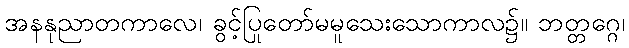
အနနုညာတကာလေ၊ ခွင့်ပြုတော်မမူသေးသောကာလ၌။ ဘတ္တဂ္ဂေ၊